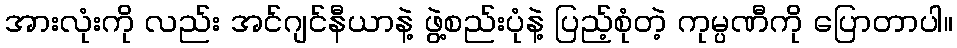
အားလုံးကို လည်း အင်ဂျင်နီယာနဲ့ ဖွဲ့စည်းပုံနဲ့ ပြည့်စုံတဲ့ ကုမ္ပဏီကို ပြောတာပါ။